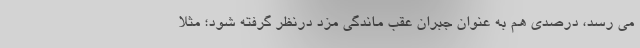
می رسد، درصدی هم به عنوان جبران عقب ماندگی مزد درنظر گرفته شود؛ مثلا